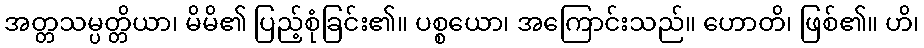
အတ္တသမ္ပတ္တိယာ၊ မိမိ၏ ပြည့်စုံခြင်း၏။ ပစ္စယော၊ အကြောင်းသည်။ ဟောတိ၊ ဖြစ်၏။ ဟိ၊